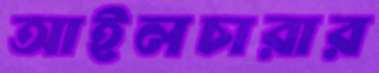
আইলচারার